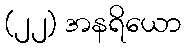
(၂၂) အနရိယော